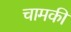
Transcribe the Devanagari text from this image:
चामकी